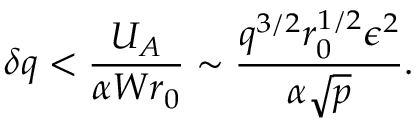
\delta q < { \frac { U _ { A } } { \alpha W r _ { 0 } } } \sim { \frac { q ^ { 3 / 2 } r _ { 0 } ^ { 1 / 2 } \epsilon ^ { 2 } } { \alpha \sqrt { p } } } .